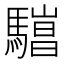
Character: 𱄯